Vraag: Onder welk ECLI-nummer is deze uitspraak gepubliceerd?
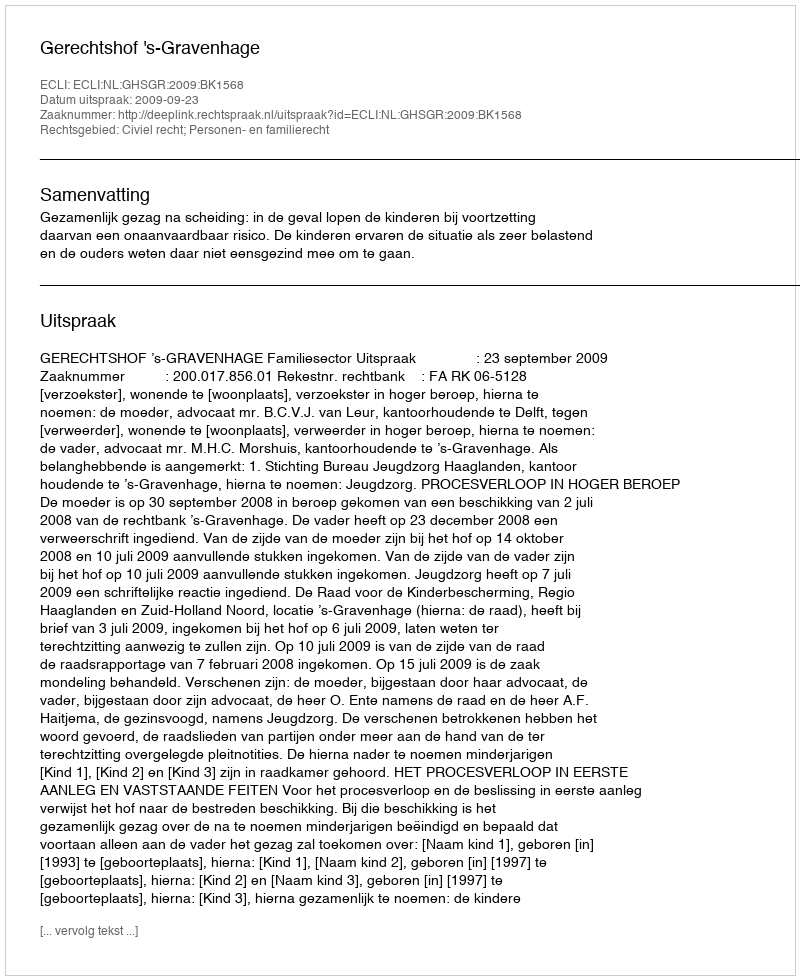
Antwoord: ECLI:NL:GHSGR:2009:BK1568